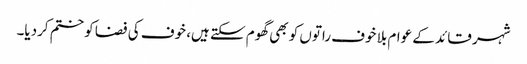
شہر قائد کے عوام بلا خوف راتوں کو بھی گھوم سکتے ہیں، خوف کی فضا کو ختم کردیا۔